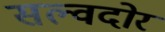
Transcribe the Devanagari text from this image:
सल्वदोर